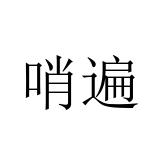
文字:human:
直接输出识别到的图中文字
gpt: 哨遍